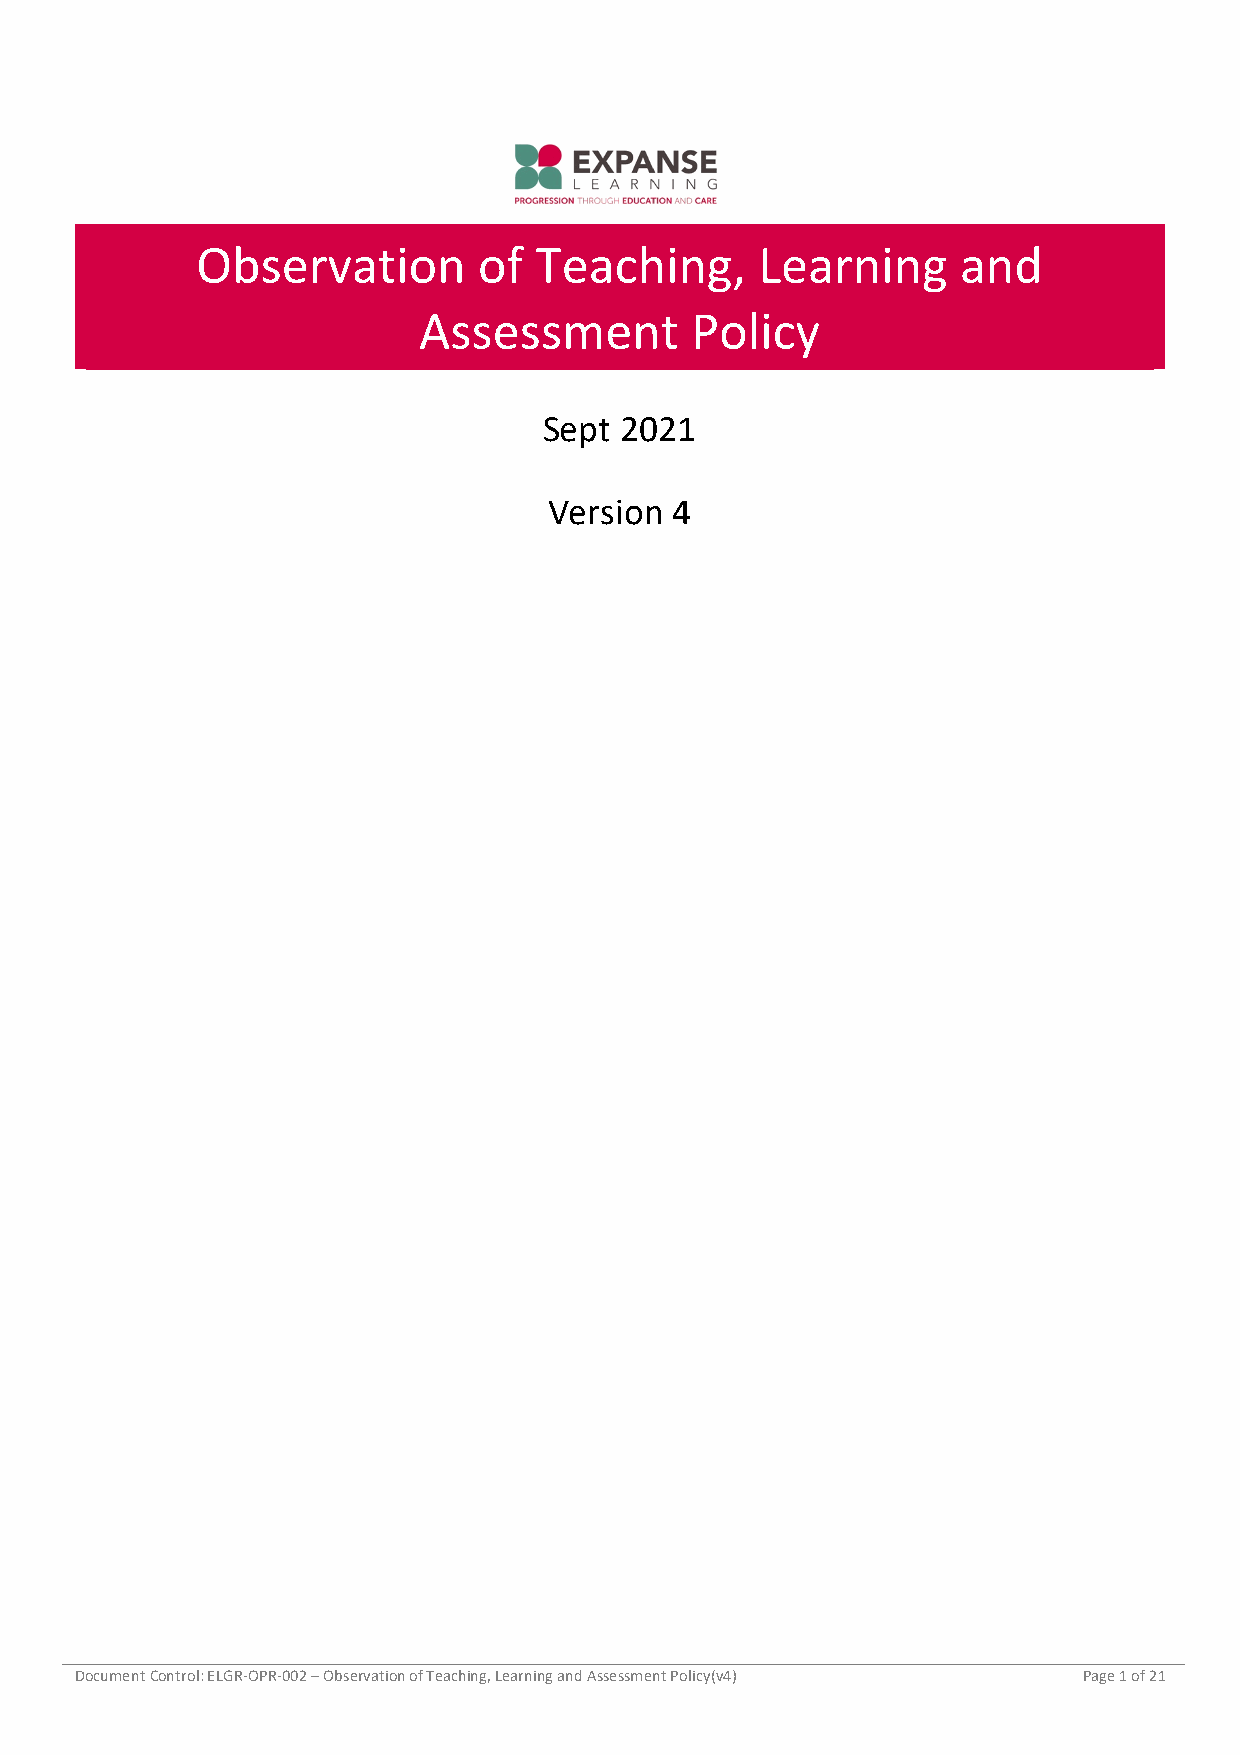
Observation        of Teaching,      Learning      and
 Assessment        Policy
 Sept 2021
 Version 4
 Document Control: ELGR-OPR-002 – Observation of Teaching, Learning and Assessment Policy(v4) Page 1 of 21